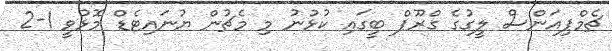
ޗެމްޕިއަންސް ލީގުގެ ގްރޫޕް ބީގައި ކުޅުނު މި މެޗުން ޔުނައިޓެޑް މޮޅުވީ 1-2